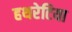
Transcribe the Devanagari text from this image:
हथरेटिया